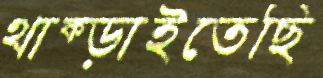
থাক্‌ড়াইতেছি